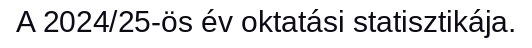
A 2024/25-ös év oktatási statisztikája.